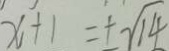
x + 1 = \pm \sqrt { 1 4 }